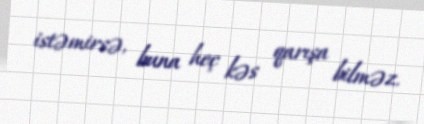
istəmirsə, buna heç kəs qarışa bilməz.